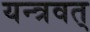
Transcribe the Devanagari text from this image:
यन्त्रवत्